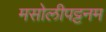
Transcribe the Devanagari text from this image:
मसोलीपट्टनम